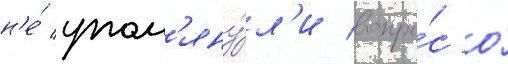
н'е́ упом'яну́л'и вопро́с о́